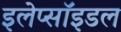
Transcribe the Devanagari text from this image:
इलेप्सॉइडल